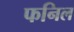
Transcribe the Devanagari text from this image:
फनिल